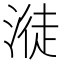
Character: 𣺺